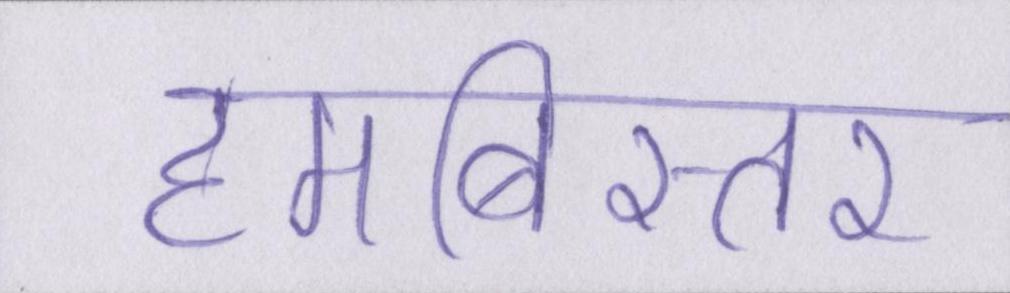
हमबिस्तर